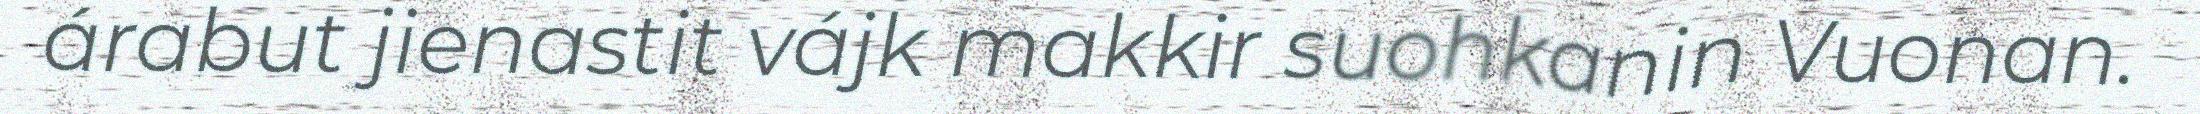
árabut jienastit vájk makkir suohkanin Vuonan.